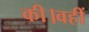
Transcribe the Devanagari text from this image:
की।वहीं